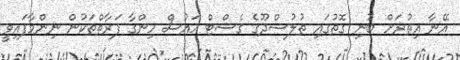
އޭނާ އިތުރަށް ބުނި ގޮތުގައި ތުލުސްދޫގެ ގެސްޓް ހައުސް ހިންގާ ފަރާތްތަކުން ނިންމާފައިވީ